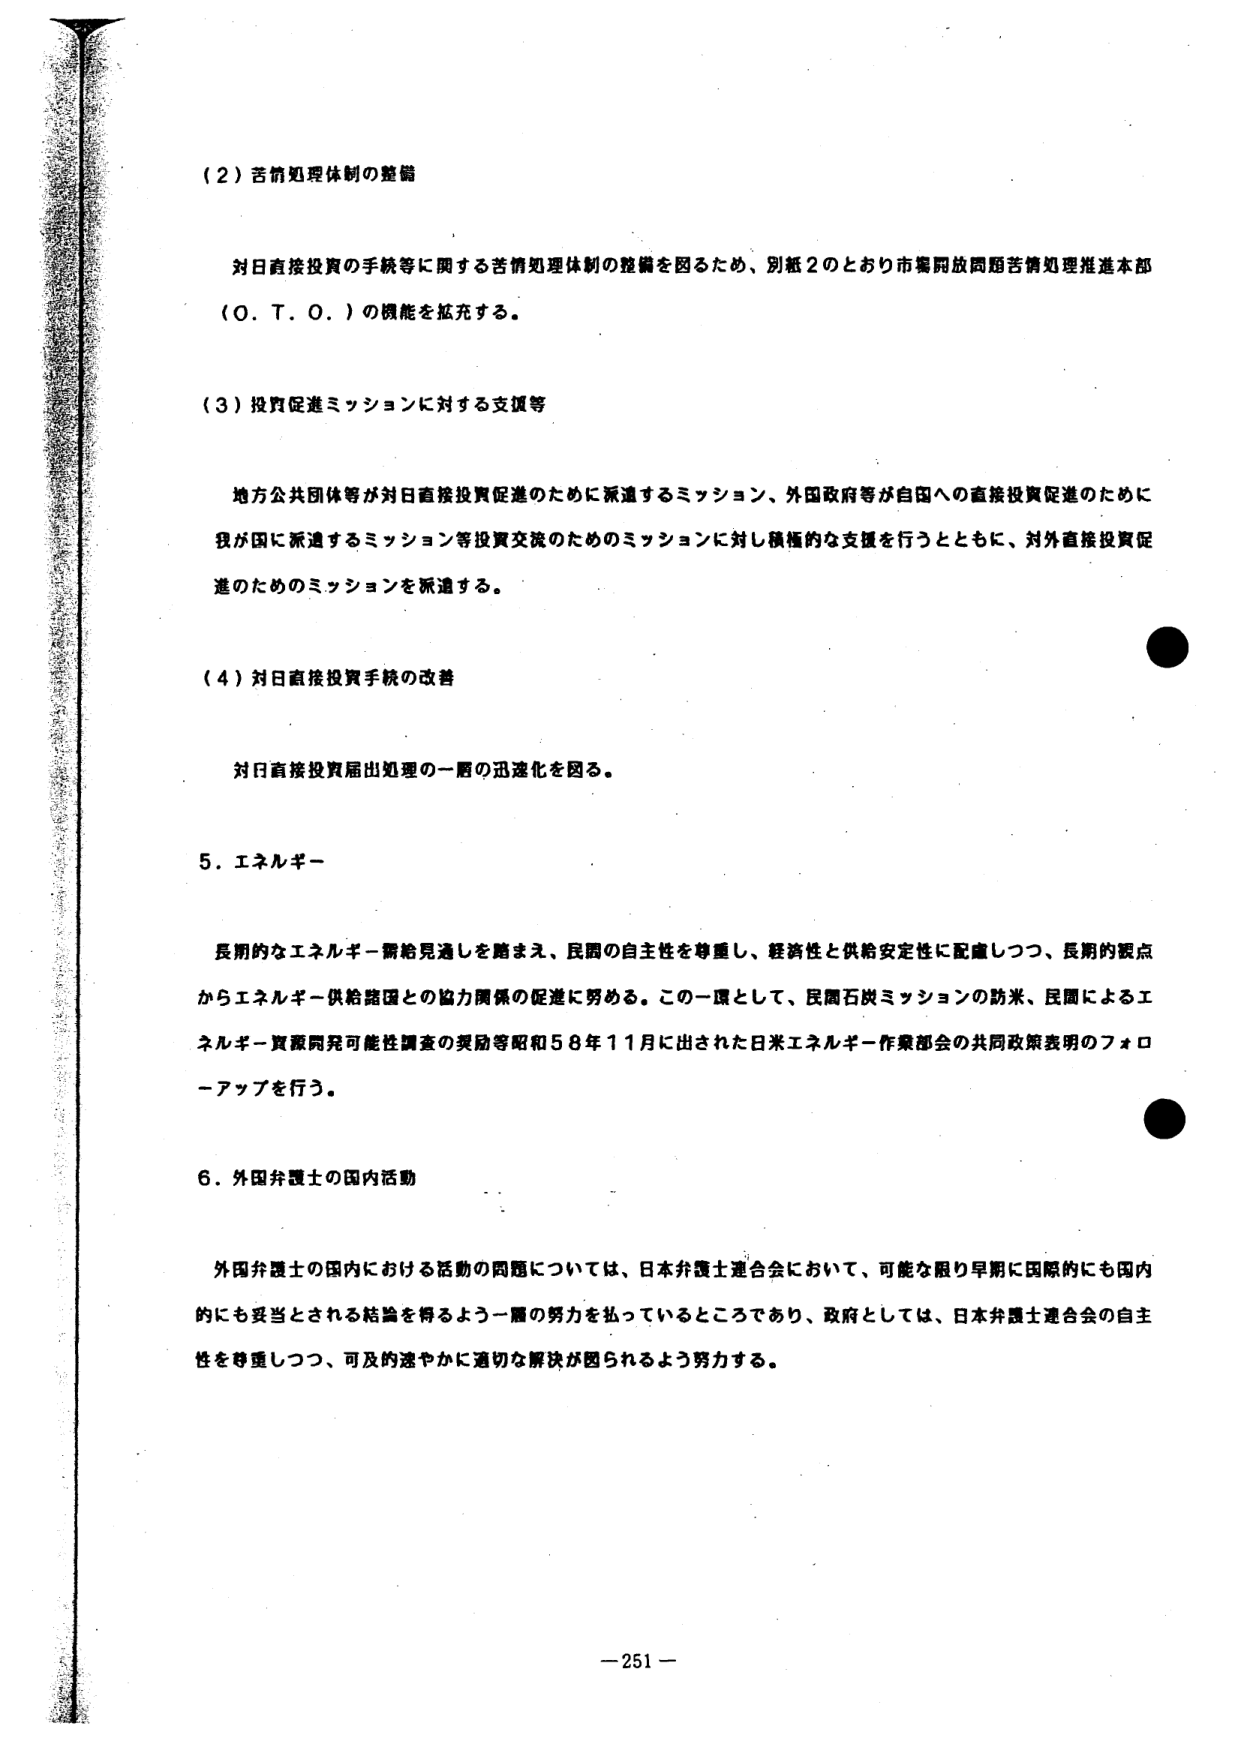
（２）苦情処理体制の整備

対日直接投資の手続等に関する苦情処理体制の整備を図るため、別紙２のとおり市販開放問題苦情処理推進本部（Ｏ．Ｔ．Ｏ．）の機能を拡充する。

（３）投資促進ミッションに対する支援等

地方公共団体等が対日直接投資促進のために派遣するミッション、外国政府等が自国への直接投資促進のために我が国に派遣するミッション等投資交流のためのミッションに対し積極的な支援を行うとともに、対外直接投資促進のためのミッションを派遣する。

（４）対日直接投資手続の改善

対日直接投資届出処理の一層の迅速化を図る。

５．エネルギー

長期的なエネルギー需給見通しを踏まえ、民間の自主性を尊重し、経済性と供給安定性に配慮しつつ、長期的視点からエネルギー供給諸国との協力関係の促進に努める。この一環として、民間石炭ミッションの訪米、民間によるエネルギー資源開発可能性調査の奨励等昭和５８年１１月に出された日米エネルギー作業部会の共同政策表明のフォローアップを行う。

６．外国弁護士の国内活動

外国弁護士の国内における活動の問題については、日本弁護士連合会において、可能な限り早期に国際的にも国内的にも妥当とされる結論を得るよう一層の努力を払っているところであり、政府としては、日本弁護士連合会の自主性を尊重しつつ、可及的速やかに適切な解決が図られるよう努力する。

－251－